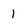
Character: 1